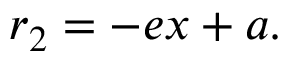
r _ { 2 } = - e x + a . \,